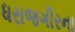
ધરાજગીરના